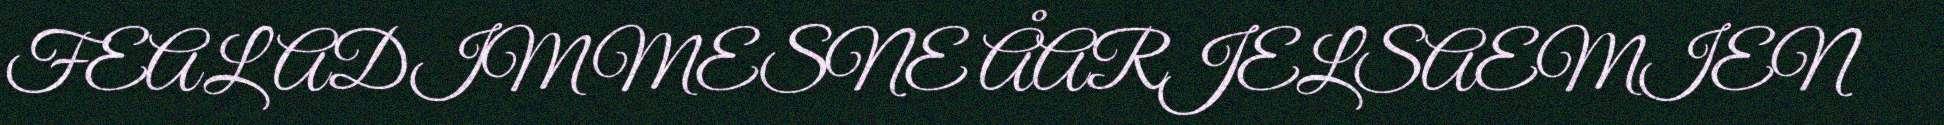
FEALADIMMESNE ÅARJELSAEMIEN